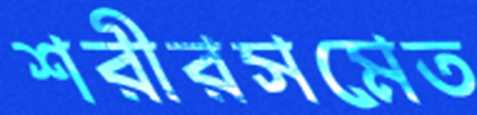
শরীরসমেত